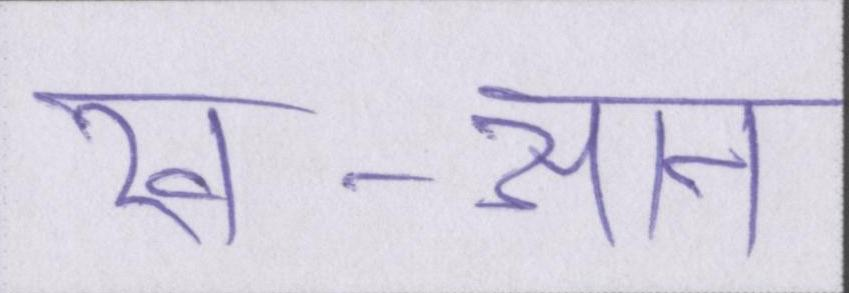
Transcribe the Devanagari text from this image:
ख-आन